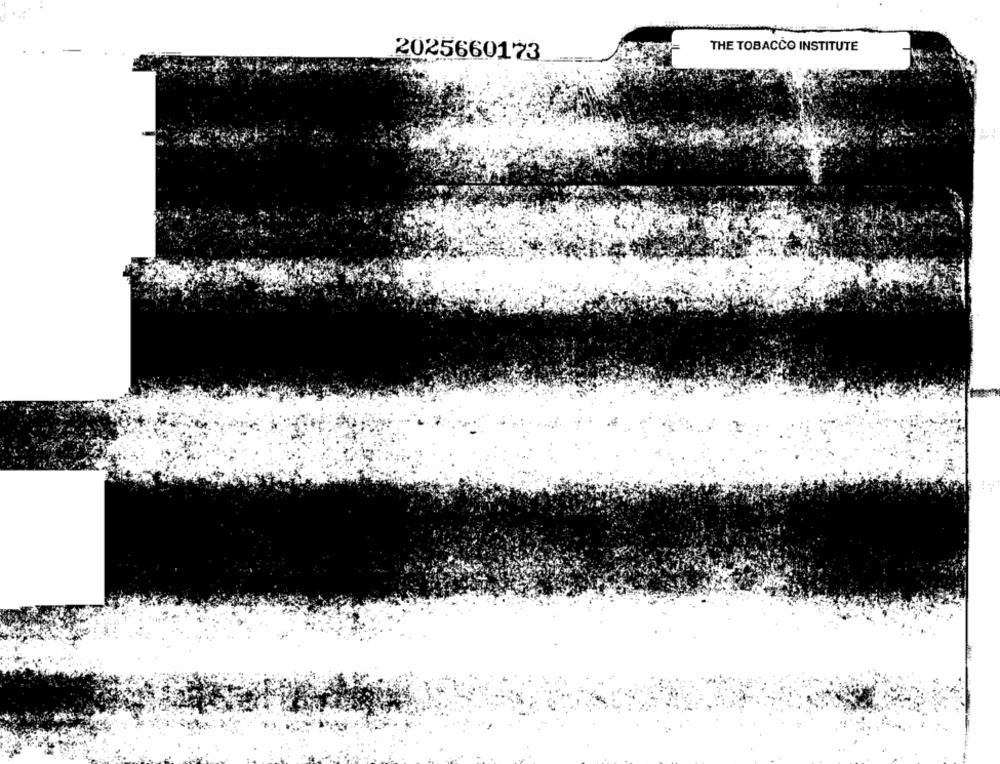
THE TOBACCO INSTITUTE
2025660173